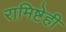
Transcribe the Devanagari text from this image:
रामिष्टेही